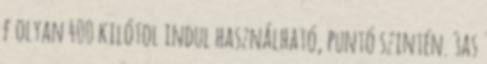
f olyan 400 kilótol indul használható, puntó szintén. 3as